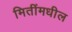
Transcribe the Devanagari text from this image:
मितींमधील